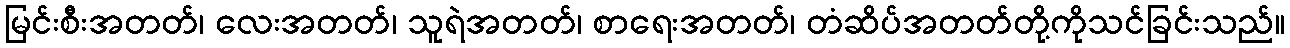
မြင်းစီးအတတ်၊ လေးအတတ်၊ သူရဲအတတ်၊ စာရေးအတတ်၊ တံဆိပ်အတတ်တို့ကိုသင်ခြင်းသည်။